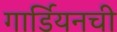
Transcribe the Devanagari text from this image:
गार्डियनची